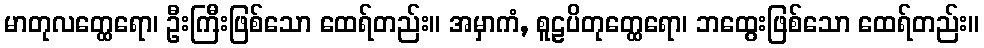
မာတုလတ္ထေရော၊ ဦးကြီးဖြစ်သော ထေရ်တည်း။ အမှာကံ, စူဠပိတုတ္ထေရော၊ ဘထွေးဖြစ်သော ထေရ်တည်း။